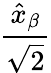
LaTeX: \frac{\hat{x}_{\beta}}{\sqrt{2}}